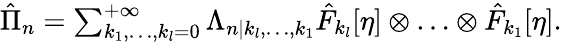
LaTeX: \begin{array}{r}{\hat{\Pi}_{n}=\sum_{k_{1},\ldots,k_{l}=0}^{+\infty}\Lambda_{n|k_{l},\ldots,k_{1}}\hat{F}_{k_{l}}[\eta]\otimes\ldots\otimes\hat{F}_{k_{1}}[\eta].}\end{array}